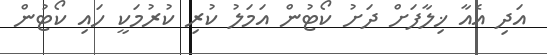
އަދި އެއާ ޚިލާފަށް ދަށު ކޯޓުން އަމަލު ކުރި ކުރުމަކީ ހައި ކޯޓުން